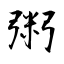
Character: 粥